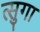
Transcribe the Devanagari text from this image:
त्सुगा